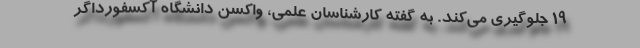
۱۹ جلوگیری می‌کند. به گفته کارشناسان علمی، واکسن دانشگاه آکسفورداگر